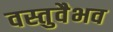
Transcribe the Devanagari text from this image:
वस्तुवैभव